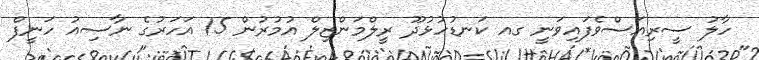
ހާލު ސީރިއަސްވެފައިވަނީ ގއ ކަނޑުހުޅުދޫ ރީލްމަންޒިލް އުމުރުން 15 އަހަރުގެ ނާސިއު ހަނީފް